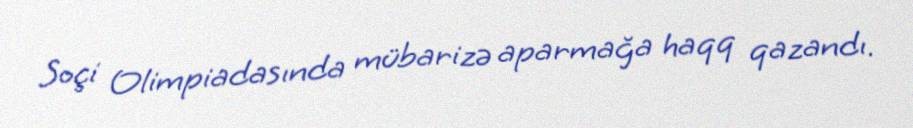
Soçi Olimpiadasında mübarizə aparmağa haqq qazandı.